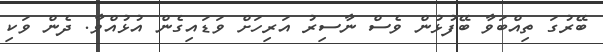
ބޭރުގަ ތިއްބަވާ ބޭފުޅުން ވެސް ނާސިރު އަރިހަށް ވަޑައިގެން އުޅުއްވާ. ދެން ވަކި